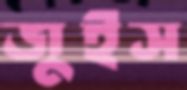
জুইস